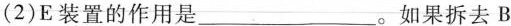
(2)E装置的作用是___。如果拆去B